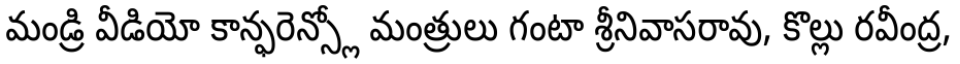
మండ్రి వీడియో కాన్ఫరెన్స్లో మంత్రులు గంటా శ్రీనివాసరావు, కొల్లు రవీంద్ర,